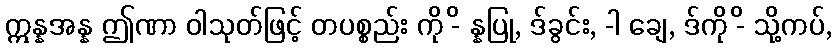
ဣန္နအန္န ဤဏာ ဝါသုတ်ဖြင့် တပစ္စည်း ကို -ိ န္နပြု, ဒ်ခွင်း, -ါ ချေ, ဒ်ကို -ိ သို့ကပ်,